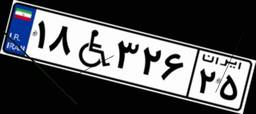
۱۸W۳۲۶۲۵